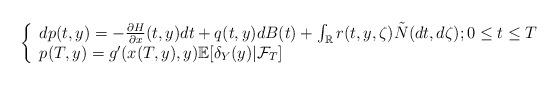
LaTeX: \begin{align*} \left\{\begin{array}{l} dp(t,y) = -\frac{\partial H}{\partial x}(t,y)dt +q(t,y)dB(t)+\int_{\mathbb{R}}r(t,y,\zeta)\tilde{N}(dt,d\zeta); 0 \leq t\leq T\\ p(T,y) = g'(x(T,y),y) \mathbb{E}[\delta_Y(y)|\mathcal{F}_T] \end{array} \right.\end{align*}